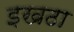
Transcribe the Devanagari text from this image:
इखठा